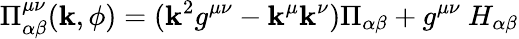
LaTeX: \Pi_{\alpha\beta}^{\mu\nu}(\mathbf{k},\phi)=(\mathbf{k}^{2}g^{\mu\nu}-\mathbf{k}^{\mu}\mathbf{k}^{\nu})\Pi_{\alpha\beta}+g^{\mu\nu}\ H_{\alpha\beta}